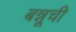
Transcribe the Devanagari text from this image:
बन्नूची